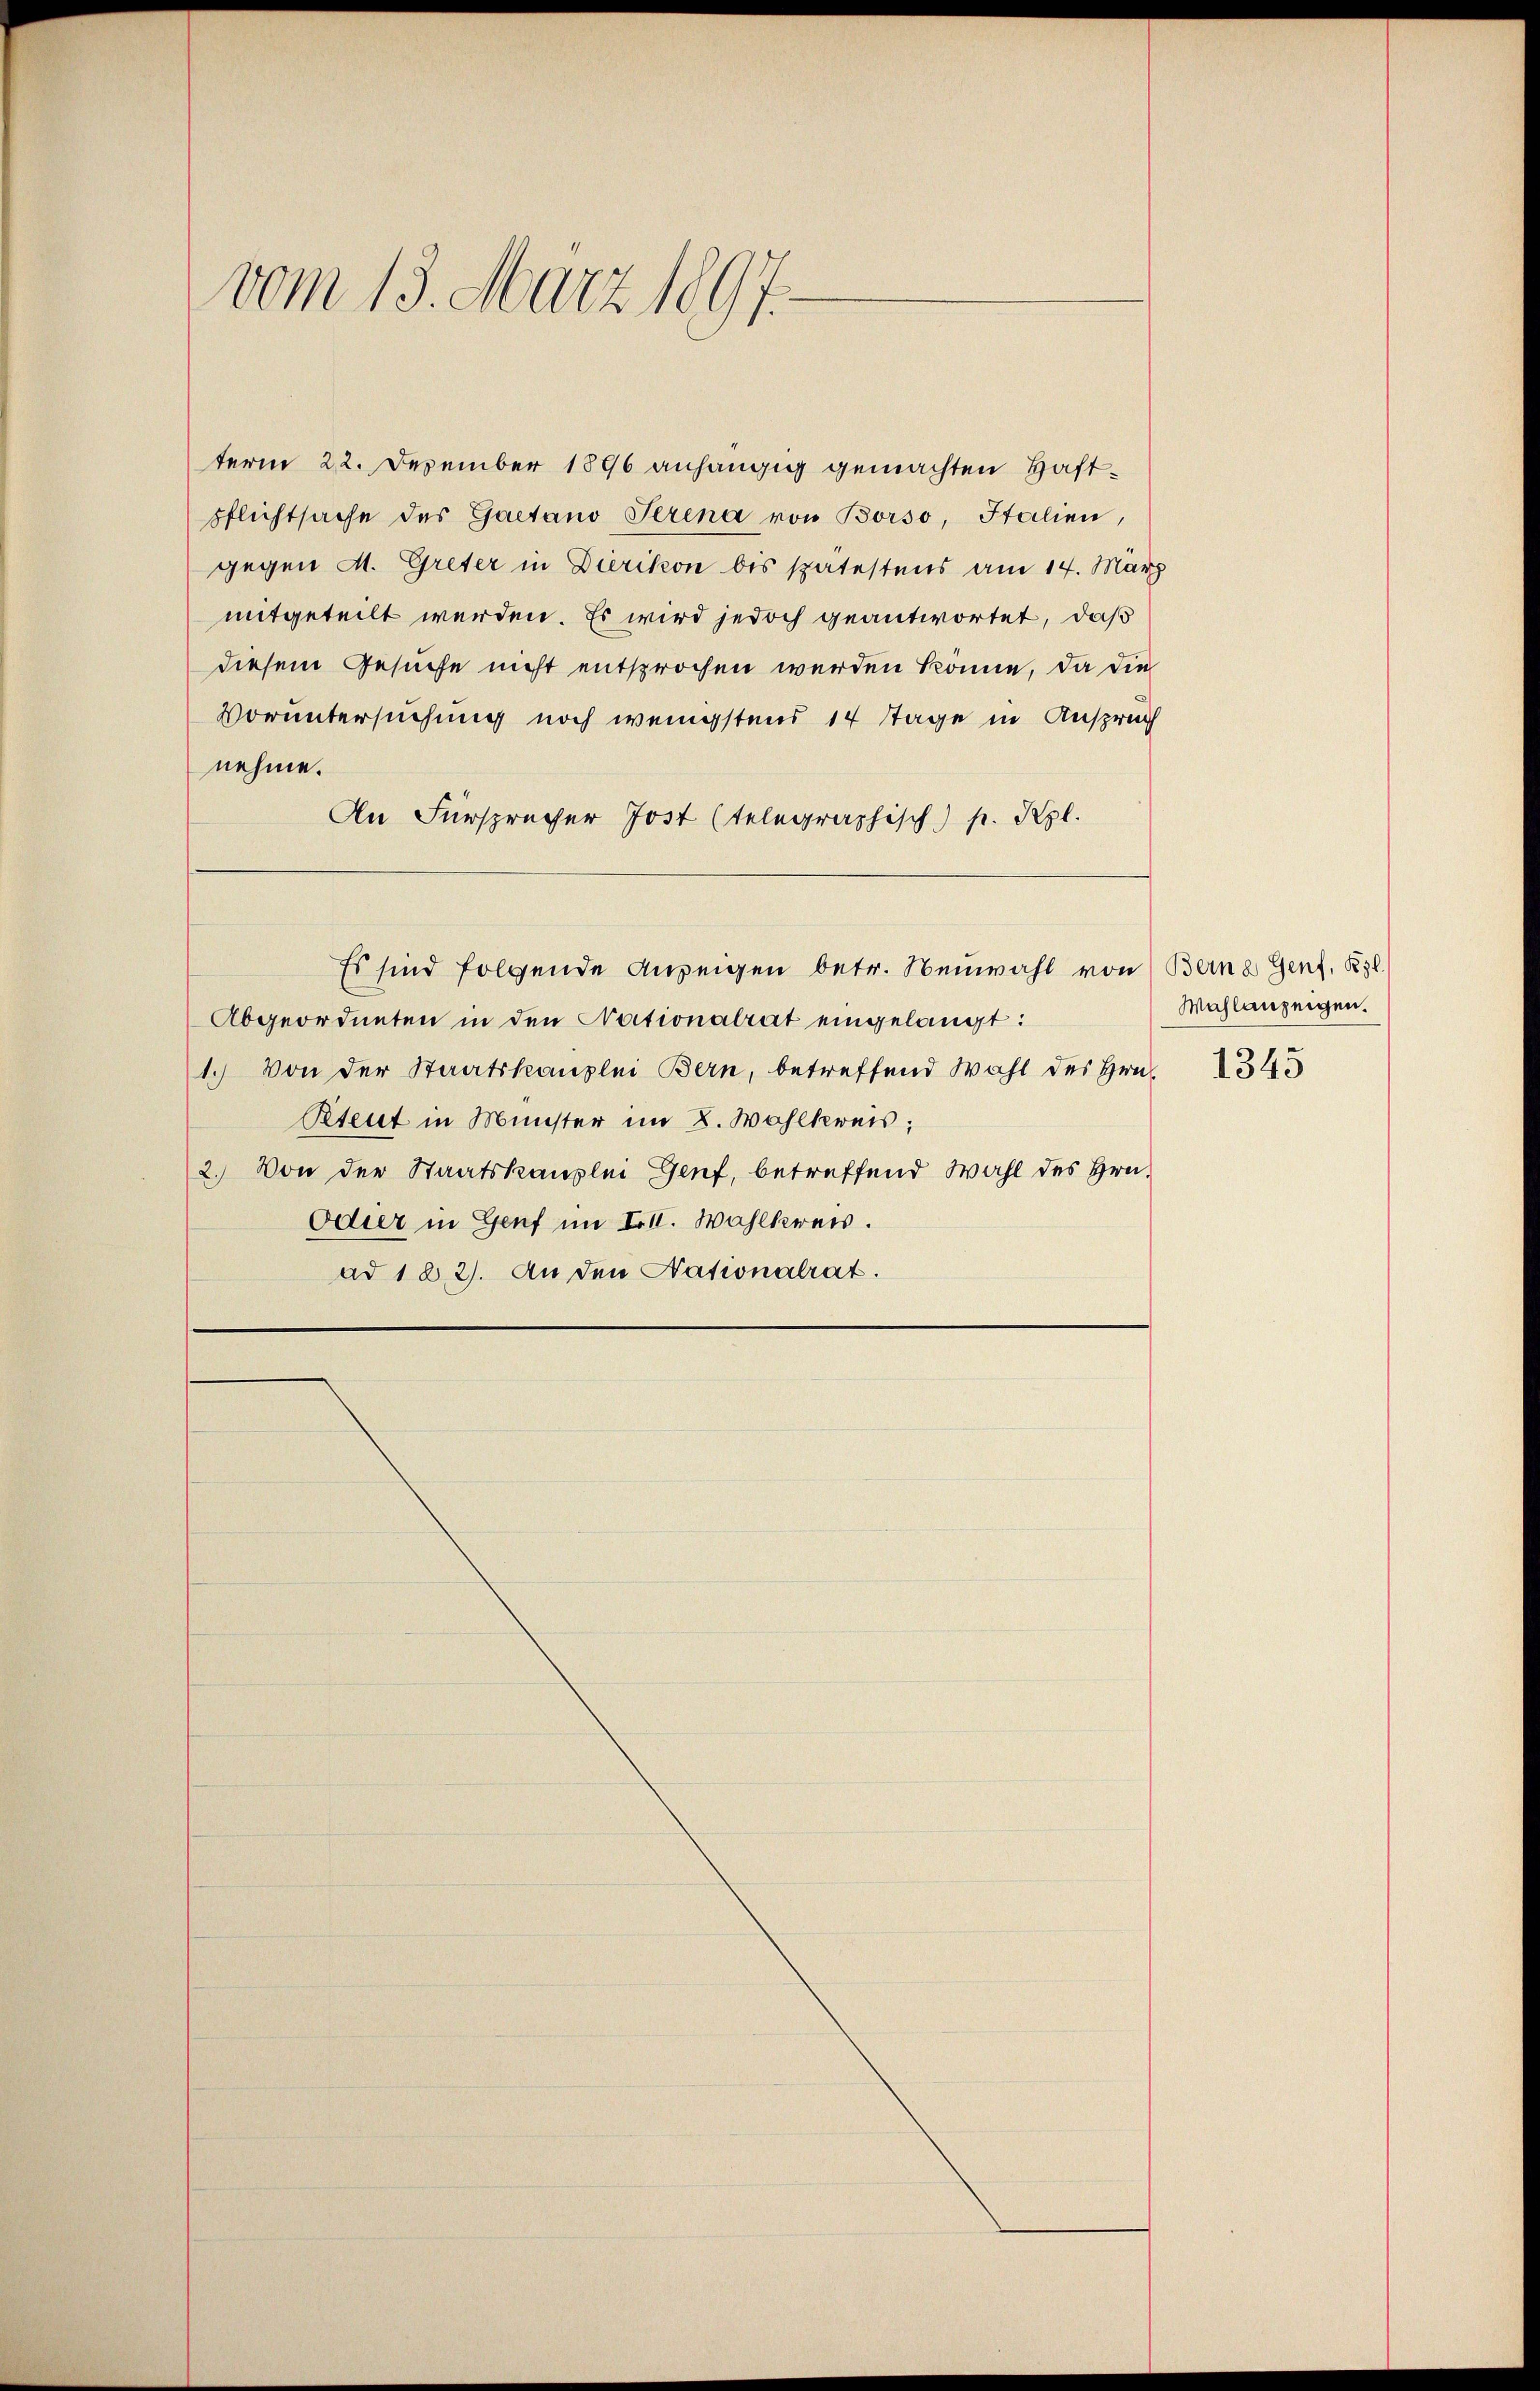
vom 13. März 1897.

term 22. Dezember 1896 anhängig gemachten Haftpflichtsache des Gaetano Serena von Borso, Italien,
gegen M. Greter in Dierikon bis spätestens am 14. März
mitgeteilt werden. Es wird jedoch geantwortet, daß
diesem Gesuche nicht entsprochen werden könne, da die
Voruntersuchung noch wenigstens 14 Tage in Anspruch
nehme.
An Fürsprücher Jost (telegraphisch) p. Kgl.
Es sind folgende Anzeigen betr. Neuwahl von
Abgeordneten in den Nationalrat eingelangt:
1.) Von der Staatskanzlei Bern, betreffend Wahl des Hrn.
Rtent in Münster im 2. Wahlkreis;
2. Von der Staatskanzlei Genf, betreffend Wahl des Hrn.
Odier in Genf im III. Wahlkreis.
ad 122). An den Nationalrat.

Berne Genf, Kgl.
Wahlanzeigen.

1345